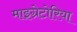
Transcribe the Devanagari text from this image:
माइग्रेटोरिया